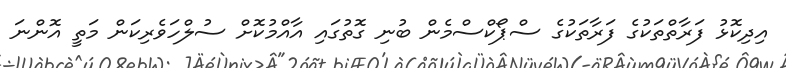
އިދިކޮޅު ފަރާތްތަކުގެ ފަރާތަކުގެ ސްޕޯކްސްމެން ބުނި ގޮތުގައި އާއްމުކޮށް ސުލްހަވެރިކަން މަތީ އޮންނަ